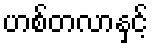
ဟစ်တလာနှင့်